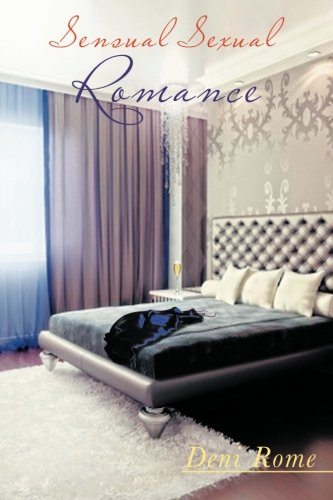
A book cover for Sensual Sexual Romance: Doing It with Your Mind; Deni Rome; Romance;